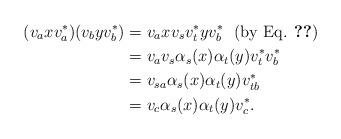
LaTeX: \begin{align*}(v_{a}xv_{a}^{*})(v_{b}yv_{b}^{*})&=v_{a}xv_{s}v_{t}^{*}yv_{b}^{*} ~~(\textrm{by Eq. \ref{isometries}}) \\ &=v_{a}v_{s}\alpha_{s}(x)\alpha_{t}(y)v_{t}^{*}v_{b}^{*} \\ &=v_{sa}\alpha_{s}(x)\alpha_{t}(y)v_{tb}^{*}\\ &=v_{c}\alpha_{s}(x)\alpha_{t}(y)v_{c}^{*}.\end{align*}